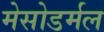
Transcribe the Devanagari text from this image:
मेसोडर्मल